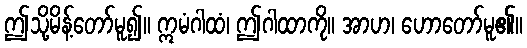
ဤသို့မိန့်တော်မူ၍။ ဣမံဂါထံ၊ ဤဂါထာကို။ အာဟ၊ ဟောတော်မူ၏။